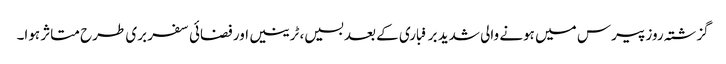
گزشتہ روز پیرس میں ہونے والی شدید برفباری کے بعد بسیں، ٹرینیں اور فضائی سفر بری طرح متاثر ہوا۔